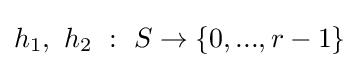
h_{1},\ h_{2}\ :\ S\rightarrow \{0,...,r-1\}